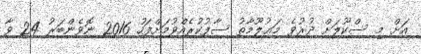
އަށް މި ސްކޫލަށް ދުރުވެ މަޢުލޫމާތު ސާފުކުރެއްވުމަށްފަހު 2016 ނޮވެންބަރު 24 ވާ